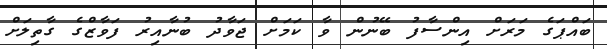
ބައްޕަގެ މަރަށް އިންސާފު ބޭނުން ވާ ކަމަށް ޖަވާދު ބުނާއިރު ފަވާޒްގެ ގާތިލަށް